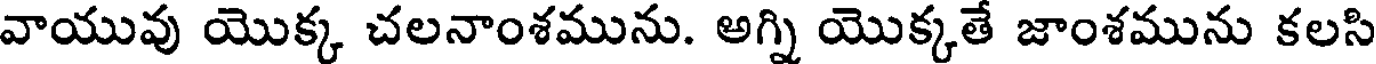
వాయువు యొక్క చలనాంశమును. అగ్ని యొక్కతే జాంశమును కలసి